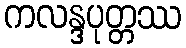
ကလန္ဒပုတ္တဿ